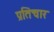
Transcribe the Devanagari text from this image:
प्रतिचार